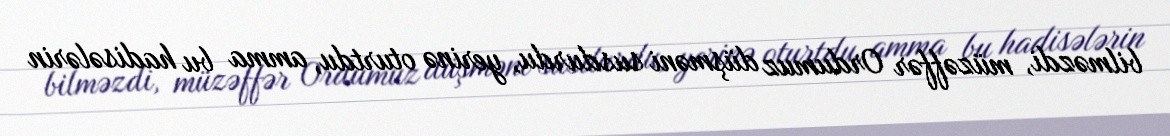
bilməzdi, müzəffər Ordumuz düşməni susdurdu, yerinə oturtdu, amma bu hadisələrin